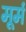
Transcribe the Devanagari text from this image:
मूर्म